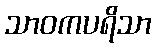
သာဝကပရိသာ